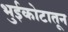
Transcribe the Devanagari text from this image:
भुईकोटातून